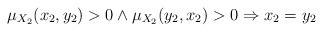
LaTeX: \begin{align*}\mu_{X_2}(x_2,y_2)>0\wedge\mu_{X_2}(y_2,x_2)>0\Rightarrow x_2=y_2 \end{align*}